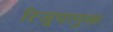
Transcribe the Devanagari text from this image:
रिजुपलुक